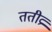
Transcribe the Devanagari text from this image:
ततीव्र